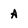
Character: a